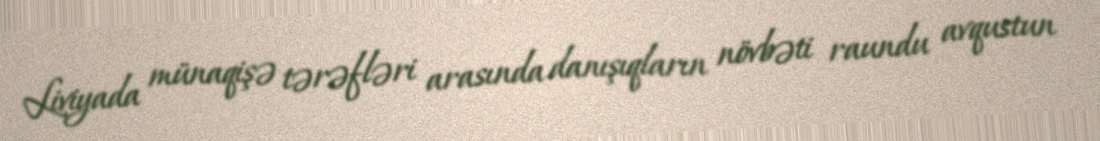
Liviyada münaqişə tərəfləri arasında danışıqların növbəti raundu avqustun